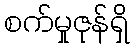
စက်မှုဇုန်ရှိ